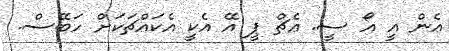
ޢެން އީ އޯ ސީ. ޢެޗް ޕީ އޭ އެކީ އެކައްޗަކަށް ހަބޭސް.